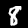
Label: 8